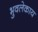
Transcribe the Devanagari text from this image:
भुवलेकाय